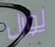
لورل